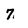
Character: 7